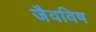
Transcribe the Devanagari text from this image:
जैवविष